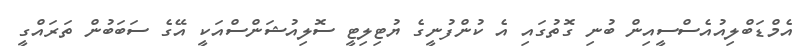
އެމްޑަބްލިއުއެސްސީއިން ބުނި ގޮތުގައި އެ ކުންފުނީގެ ޔުޓިލިޓީ ސޮލިއުޝަންސްއަކީ އޭގެ ސަބަބުން ތަރައްގީ